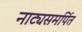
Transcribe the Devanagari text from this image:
नाट्यसमर्पित